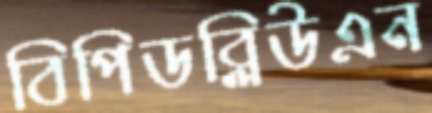
বিপিডব্লিউএন